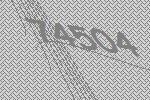
74504